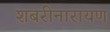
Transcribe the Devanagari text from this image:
शबरीनारायण